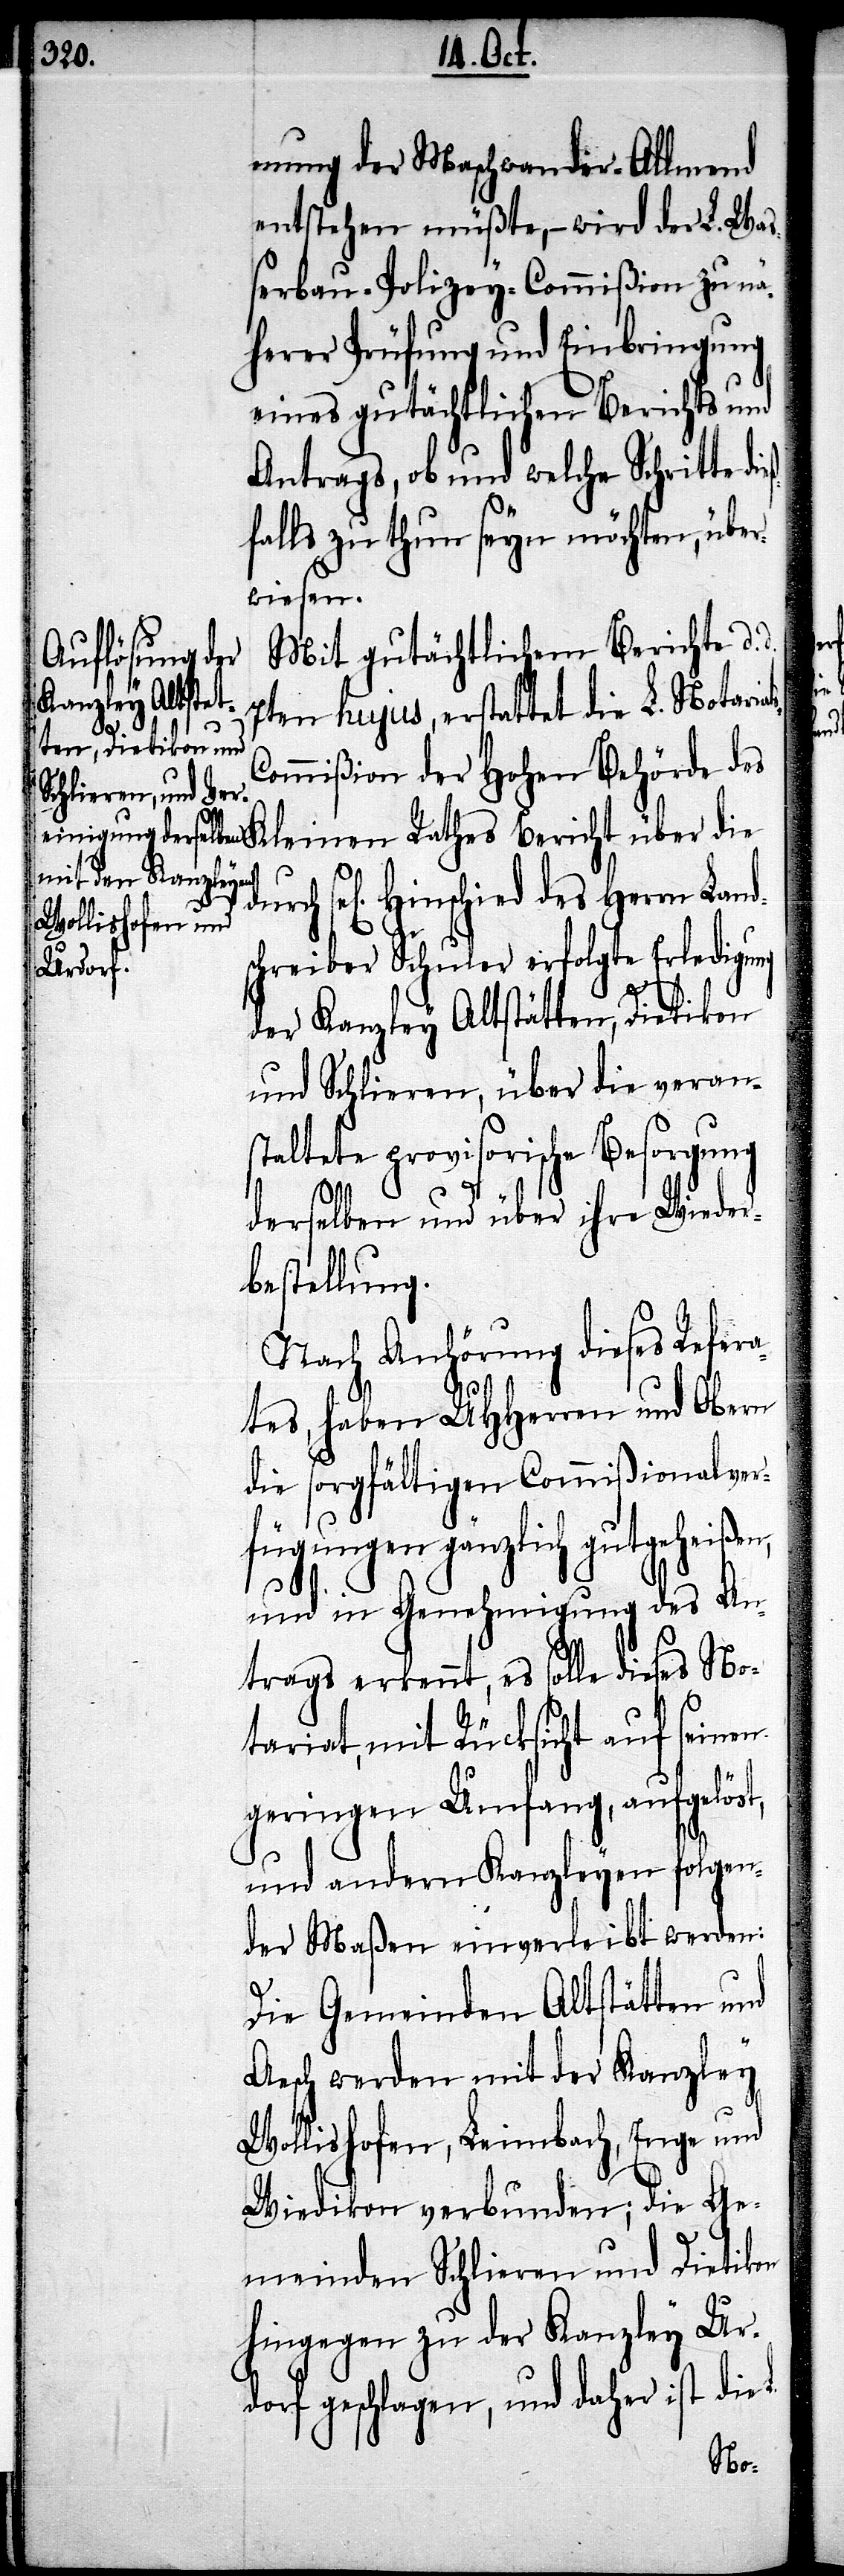
mung der Maschwander-Allmend
entstehen müßte, – wird der L. Wa¬
ßerbau-Polizey-Commißion zu nä¬
herer Prüfung und Einbringung
eines gutächtlichen Berichts und
Antrags, ob und welche Schritte die¬
ßfalls zu thun seyn möchten, über¬
wiesen.
Mit gutächtlichem Berichte d.
durch sel[ige¬
7ten hujus, erstattet die L. Notariat¬
ommißion der Hohen Behörde des
n] Hinschied des Herrn Lan¬
hreiber Schuler erfolgte Erledigung
der Kanzley Altstätten, Dietikon
und Schlieren, über die veran¬
staltete provisorische Besorgung
derselben und über ihre Wieder¬
bestellung.
Nach Anhörung dieses Refera¬
tes, haben UHHerren und Obern
die sorgfältigen Commißionalver¬
fügungen gänzlich gutgeheißen,
und in Genehmigung des An¬
trags erkennt, es solle dieses No¬
tariat, mit Rücksicht auf seinen
geringen Umfang, aufgelöst,
und andern Kanzleyen folgen¬
der Maßen einverleibt werden:
Die Gemeinden Altstätten und
Aesch werden mit der Kanzley
Wollishofen, Leimbach, Enge und
Wiedikon verbunden; die Ge¬
meinden Schlieren und Dietikon
hingegen zu der Kanzley Ur¬
dorf geschlagen, und daher ist die
dsc¬